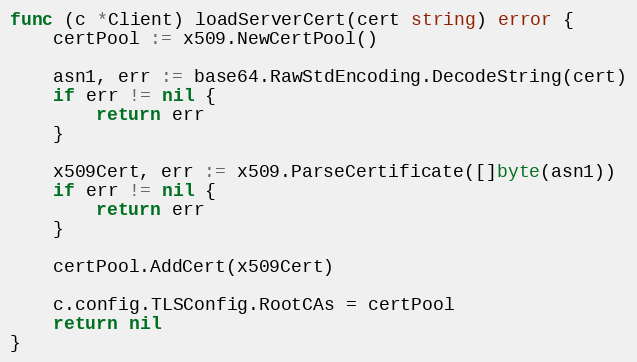
Language: Go
func (c *Client) loadServerCert(cert string) error {
	certPool := x509.NewCertPool()

	asn1, err := base64.RawStdEncoding.DecodeString(cert)
	if err != nil {
		return err
	}

	x509Cert, err := x509.ParseCertificate([]byte(asn1))
	if err != nil {
		return err
	}

	certPool.AddCert(x509Cert)

	c.config.TLSConfig.RootCAs = certPool
	return nil
}